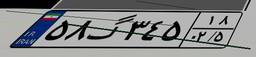
۲۵گ۵۸۴۵۶